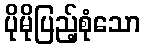
ပိုမိုပြည့်စုံသော